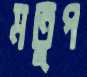
মতুপ